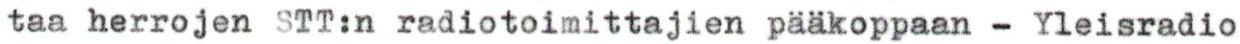
taa herrojen STT:n radiotoimittajien pääkoppaan - Yleisradio